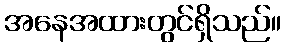
အနေအထားတွင်ရှိသည်။